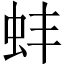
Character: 蚌